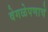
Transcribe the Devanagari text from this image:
वेगळेपणाचे